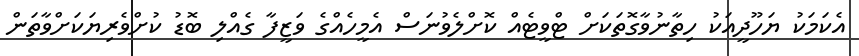
އެކަމަކު ޔަހޫދީއަކު ހިތާނުވާގޮތަކަށް ޓްވީޓެއް ކޮށްލެވުނަސް އެމީހެއްގެ ވަޒީފާ ގެއްލި ބޮޑު ކުށްވެރިޔަކަށްވާތަން